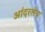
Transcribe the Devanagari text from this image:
आंदरलेच